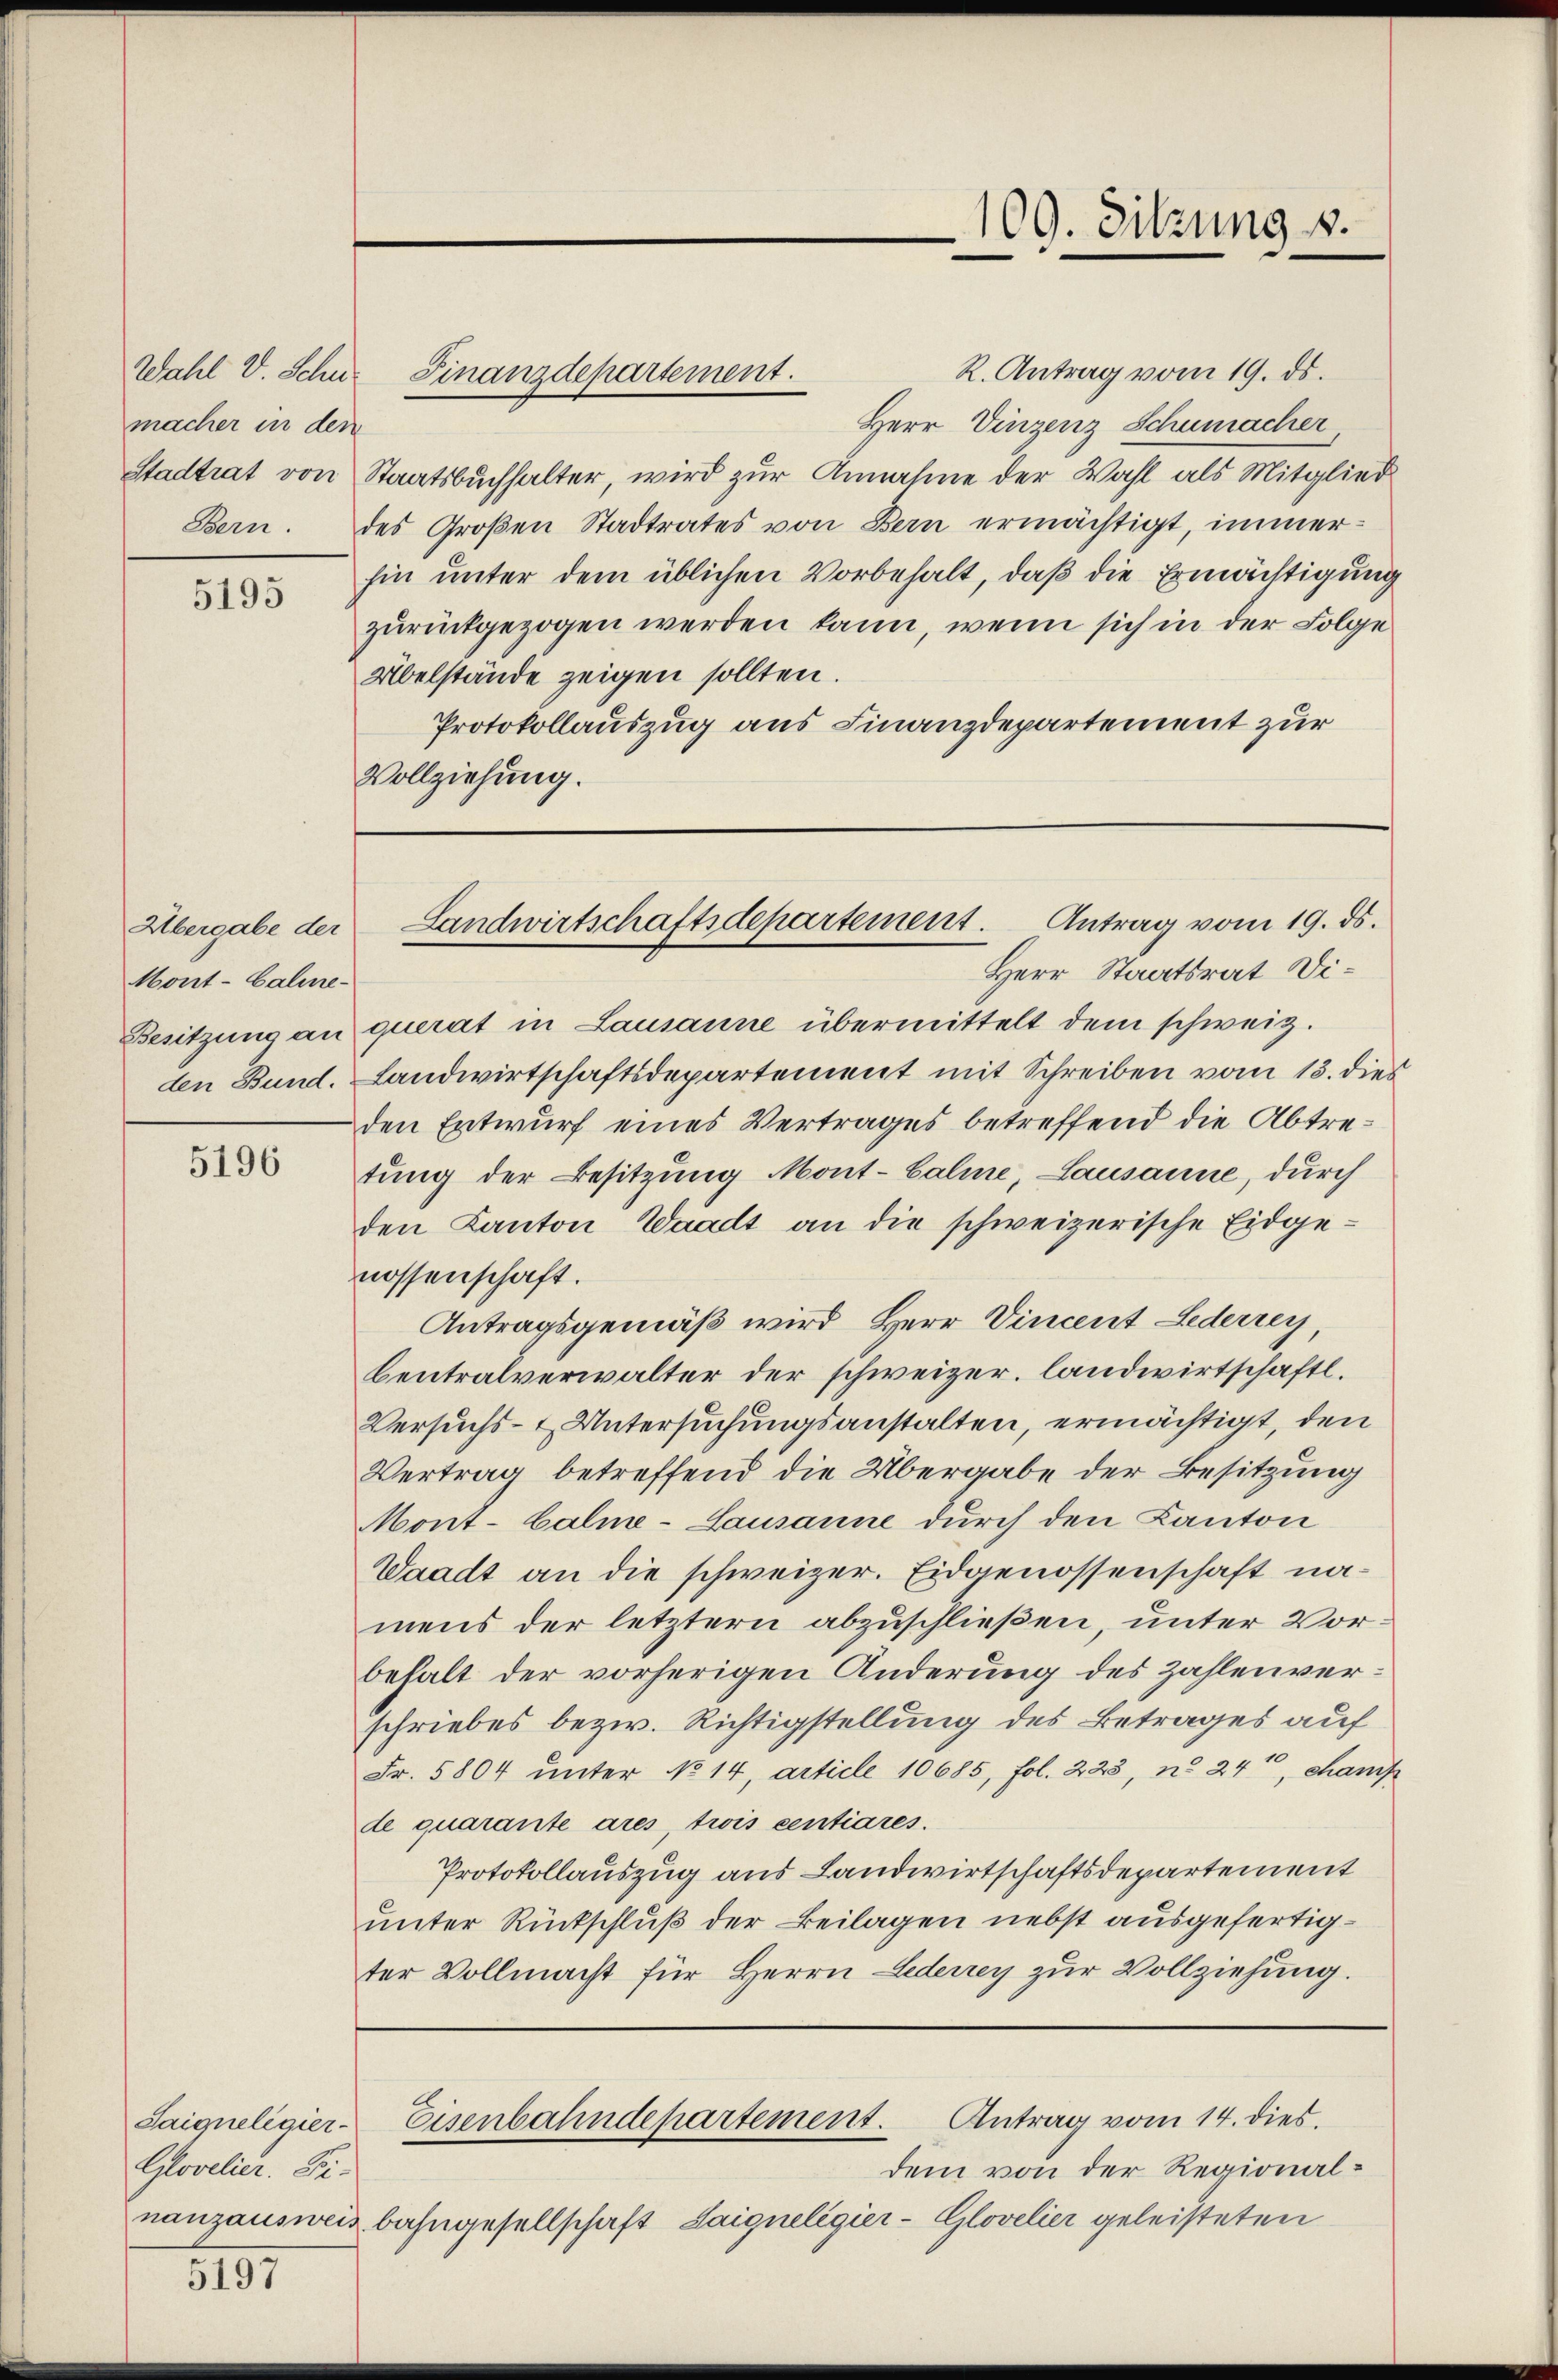
macher in den

5195

Mont-Caline¬

5196

Saigneligier
Glovelier. Finanzausweis.

5191

R. Antrag vom 19. ds.
Wahl V. Schne Finanzdepartement.
Herr Vinzenz Schumacher
Stadtrat von Staatsbuchhalter, wird zur Annahme der Wahl als Mitglied
Bern. des Großen Stadtrates von Bern ermächtigt, immerhin unter dem üblichen Vorbehalt, daß die Ermächtigung
zurückgezogen werden kann, wenn sich in der Folge
Übelstände zeigen sollten.
Protokollauszug aus Finanzdepartement zur
Vollziehung.

Herr Staatsrat Di¬
Besitzung an querat in Lausanne übermittelt dem schweiz.
den Bund. Landwirtschaftsdepartement mit Schreiben vom 13. dies
den Entwurf eines Vertrages betreffend die Abtretung der Besitzung Mont-Caline, Lausanne, durch
den Kanton Waadt an die schweizerische Eidgenossenschaft.
Antragsgemäß wird Herr Vincent Lederrey,
Centralverwalter der schweizer, landwirtschaftl.
Versuchs- & Untersuchungsanstalten, ermächtigt, den
Vertrag betreffend die Übergabe der Besitzung
Mont-Calme-Lausanne durch den Kanton
Waadt an die schweizer. Eidgenossenschaft namens der letztern abzuschließen, unter Vorbehalt der vorherigen Änderung des Zahlenverschriebes bezw. Richtigstellung des Betrages auf
Fr. 5804 unter No 14, article 10685, fol. 223, n. 24t, champ
de quarante ares, trois centiares.
Protokollauszug aus Landwirtschaftsdepartement
unter Rückschluß der Beilagen nebst ausgefertigter Vollmacht für Herrn Lederrey zur Vollziehung.

dem von der Regionalbahngesellschaft Saigneligier-Glovelier geleisteten

Übergabe der Landwirtschaftsdepartement. Antrag vom 19. ds.

Eisenbahndepartement. Antrag vom 14. dies.

109. Sitzung v.